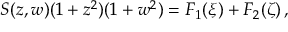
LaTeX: S ( z , w ) ( 1 + z ^ { 2 } ) ( 1 + w ^ { 2 } ) = F _ { 1 } ( \xi ) + F _ { 2 } ( \zeta ) \, ,